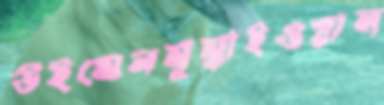
উইমেনমুম্বাইওয়াল